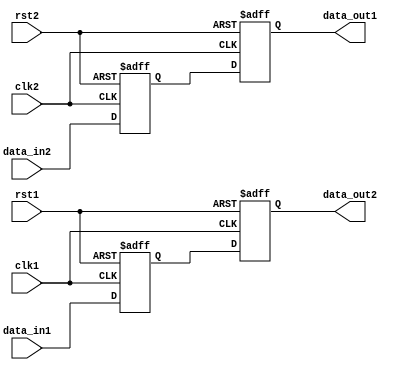
module two_way_bypass_register (
    input wire clk1, // Clock signal for domain 1
    input wire rst1, // Reset signal for domain 1
    input wire data_in1, // Data input for domain 1
    output reg data_out1, // Data output for domain 1
    input wire clk2, // Clock signal for domain 2
    input wire rst2, // Reset signal for domain 2
    input wire data_in2, // Data input for domain 2
    output reg data_out2 // Data output for domain 2
);

reg synchronized_data1, synchronized_data2;

always @(posedge clk1 or posedge rst1) begin
    if (rst1) begin
        synchronized_data1 <= 1'b0;
    end else begin
        synchronized_data1 <= data_in1;
    end
end

always @(posedge clk2 or posedge rst2) begin
    if (rst2) begin
        synchronized_data2 <= 1'b0;
    end else begin
        synchronized_data2 <= data_in2;
    end
end

always @(posedge clk1 or posedge rst1) begin
    if (rst1) begin
        data_out2 <= 1'b0;
    end else begin
        data_out2 <= synchronized_data1;
    end
end

always @(posedge clk2 or posedge rst2) begin
    if (rst2) begin
        data_out1 <= 1'b0;
    end else begin
        data_out1 <= synchronized_data2;
    end
end

endmodule